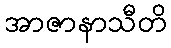
အာဇာနာသီတိ